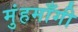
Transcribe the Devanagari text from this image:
मुंहमाँगी